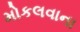
મોકલવાના